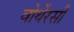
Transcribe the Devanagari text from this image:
वोर्थेरसी